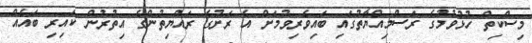
މިސްކިތް ހުޅުވުމުގެ ރަސްމިއްޔާތުގައި ބައިވެރިވުމަށް އެ ރަށުގެ ރައްޔިތުންގެ އިތުރުން ކައިރި ބައެއް